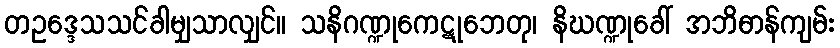
တဥဒ္ဒေသသင်ခါမျှသာလျှင်။ သနိဂဏ္ဍုကေဋုဘေတု၊ နိဃဏ္ဍုခေါ် အဘိဓာန်ကျမ်း